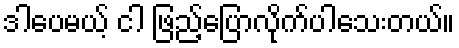
ဒါပေမယ့် ငါ ဖြည့်ပြောလိုက်ပါသေးတယ်။